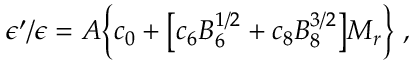
\epsilon ^ { \prime } / \epsilon = A \bigg \{ c _ { 0 } + \big [ c _ { 6 } B _ { 6 } ^ { 1 / 2 } + c _ { 8 } B _ { 8 } ^ { 3 / 2 } \big ] M _ { r } \bigg \} \ ,